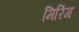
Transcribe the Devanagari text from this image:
मिरिंग